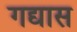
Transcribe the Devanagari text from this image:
गद्यास